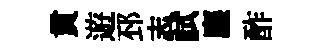
貫遊邳志試塵酢